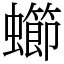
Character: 䗻